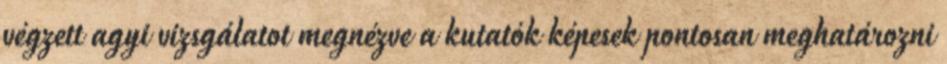
végzett agyi vizsgálatot megnézve a kutatók képesek pontosan meghatározni